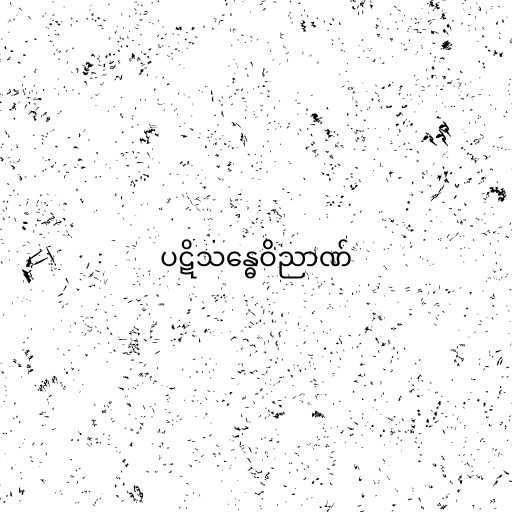
ပဋိသန္ဓေဝိညာဏ်